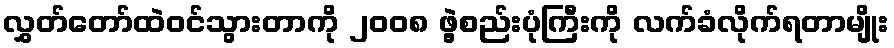
လွှတ်တော်ထဲဝင်သွားတာကို ၂၀၀၈ ဖွဲ့စည်းပုံကြီးကို လက်ခံလိုက်ရတာမျိုး